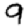
Digit: 9